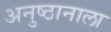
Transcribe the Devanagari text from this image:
अनुष्ठानाला